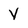
Character: Y